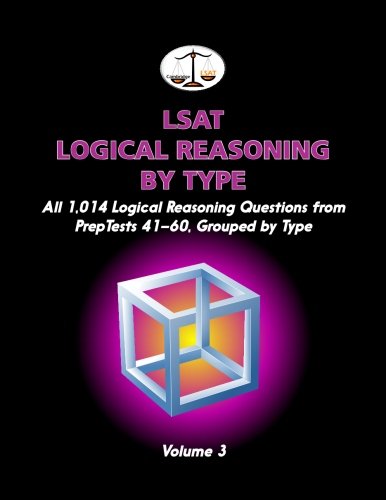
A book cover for LSAT Logical Reasoning by Type, Volume 3: All 1,014 Logical Reasoning Questions from PrepTests 41-60, Grouped by Type; Morley Tatro; Test Preparation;